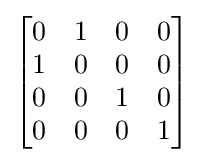
{\begin{bmatrix}0&1&0&0\\1&0&0&0\\0&0&1&0\\0&0&0&1\end{bmatrix}}